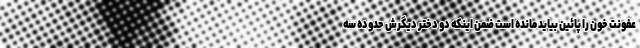
عفونت خون را پائین بیاید مانده است ضمن اینکه دو دختر دیگرش حدوده سه